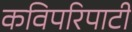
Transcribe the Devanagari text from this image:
कविपरिपाटी